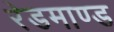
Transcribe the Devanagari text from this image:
रेडमाण्ड